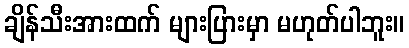
ချိန်သီးအားထက် များပြားမှာ မဟုတ်ပါဘူး။